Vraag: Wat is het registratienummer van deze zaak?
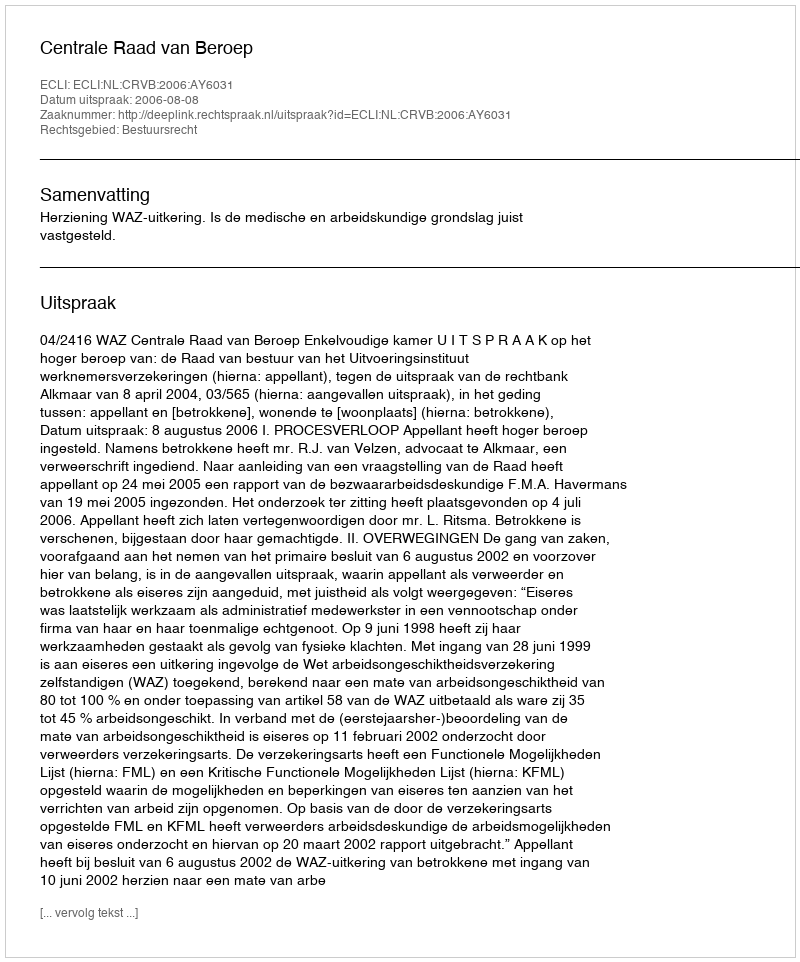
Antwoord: http://deeplink.rechtspraak.nl/uitspraak?id=ECLI:NL:CRVB:2006:AY6031